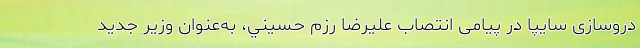
دروسازی سایپا در پیامی انتصاب عليرضا رزم حسيني، به‌عنوان وزير جديد